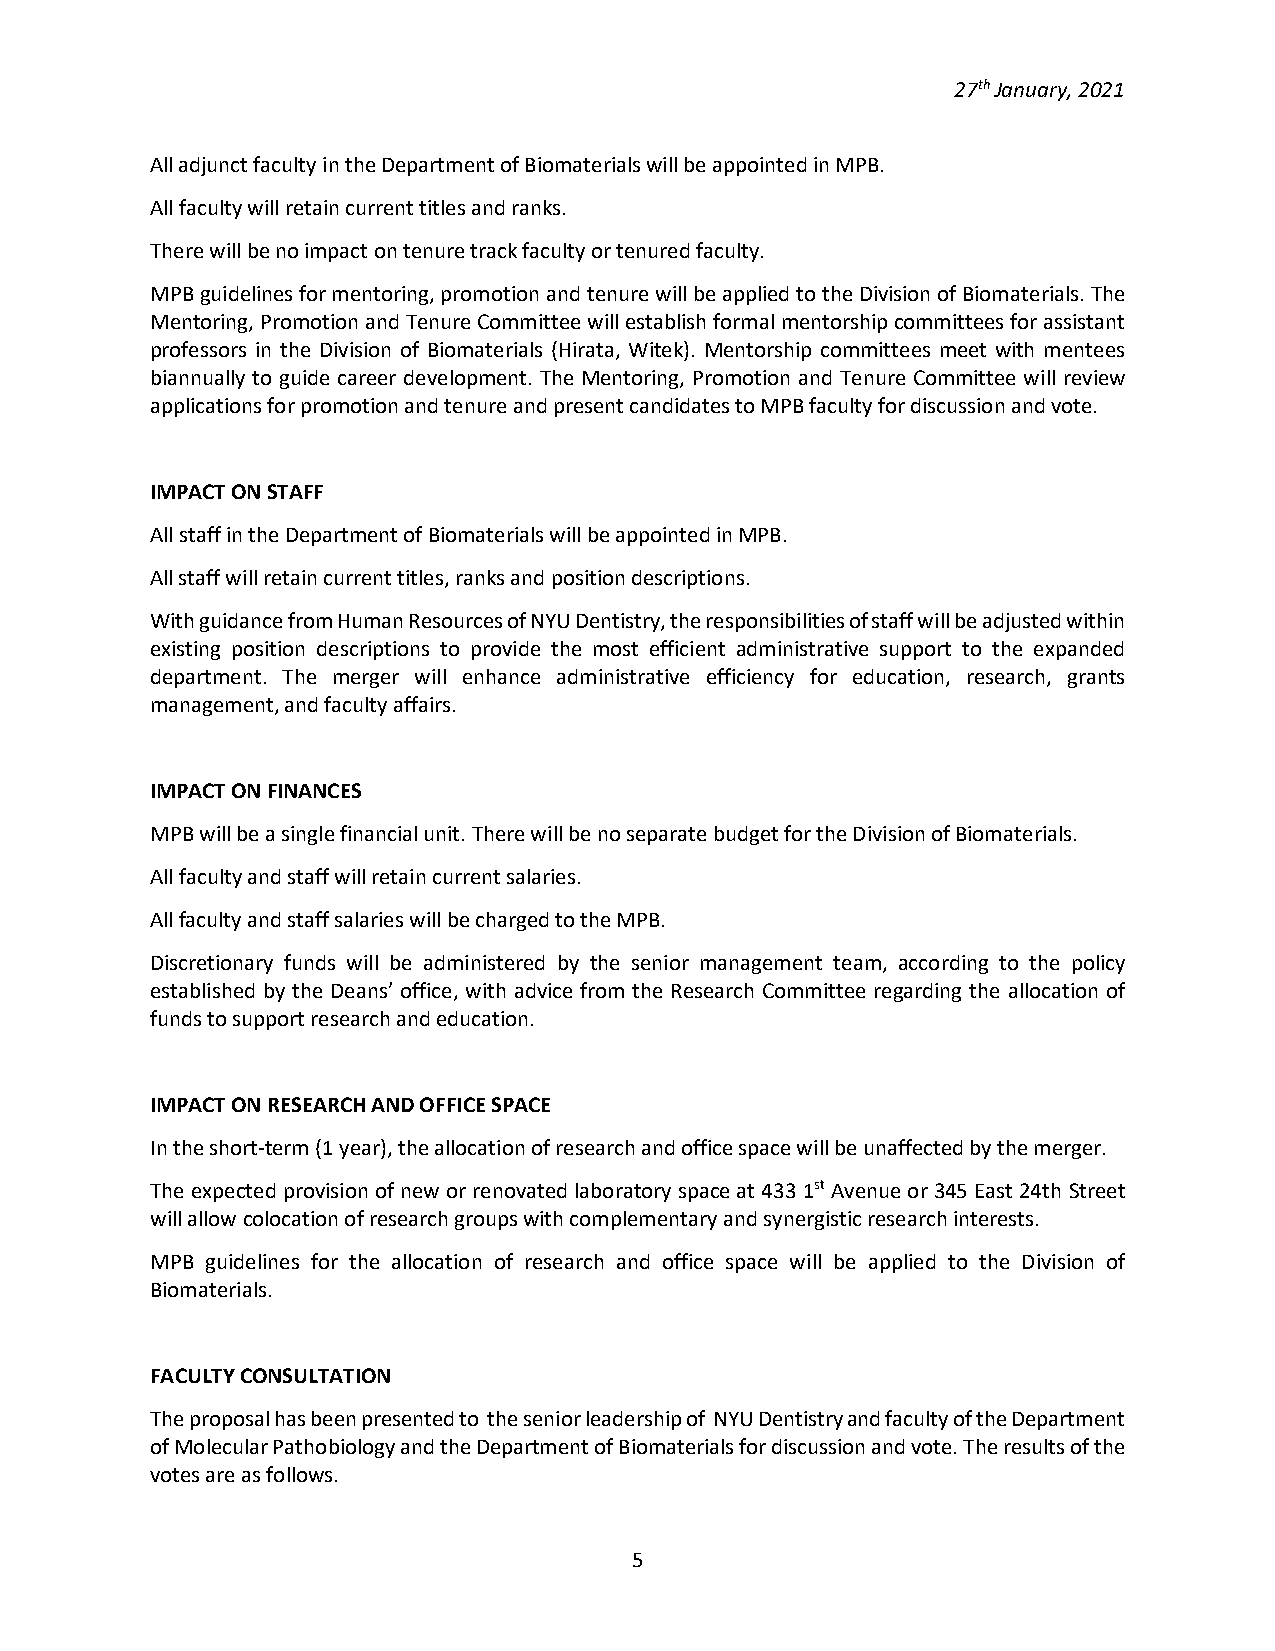
27th January, 2021
 All adjunct faculty in the Department of Biomaterials will be appointed in MPB.
 All faculty will retain current titles and ranks.
 There will be no impact on tenure track faculty or tenured faculty.
 MPB guidelines for mentoring, promotion and tenure will be applied to the Division of Biomaterials. The
 Mentoring, Promotion and Tenure Committee will establish formal mentorship committees for assistant
 professors in the Division of Biomaterials (Hirata, Witek). Mentorship committees meet with mentees
 biannually to guide career development. The Mentoring, Promotion and Tenure Committee will review
 applications for promotion and tenure and present candidates to MPB faculty for discussion and vote.
 IMPACT ON STAFF
 All staff in the Department of Biomaterials will be appointed in MPB.
 All staff will retain current titles, ranks and position descriptions.
 With guidance from Human Resources of NYU Dentistry, the responsibilities of staff will be adjusted within
 existing position descriptions to provide the most efficient administrative support to the expanded
 department. The merger will enhance administrative efficiency for education, research, grants
 management, and faculty affairs.
 IMPACT ON FINANCES
 MPB will be a single financial unit. There will be no separate budget for the Division of Biomaterials.
 All faculty and staff will retain current salaries.
 All faculty and staff salaries will be charged to the MPB.
 Discretionary funds will be administered by the senior management team, according to the policy
 established by the Deans’ office, with advice from the Research Committee regarding the allocation of
 funds to support research and education.
 IMPACT ON RESEARCH AND OFFICE SPACE
 In the short-term (1 year), the allocation of research and office space will be unaffected by the merger.
 The expected provision of new or renovated laboratory space at 433 1st Avenue or 345 East 24th Street
 will allow colocation of research groups with complementary and synergistic research interests.
 MPB guidelines for the allocation of research and office space will be applied to the Division of
 Biomaterials.
 FACULTY CONSULTATION
 The proposal has been presented to the senior leadership of NYU Dentistry and faculty of the Department
 of Molecular Pathobiology and the Department of Biomaterials for discussion and vote. The results of the
 votes are as follows.
 5